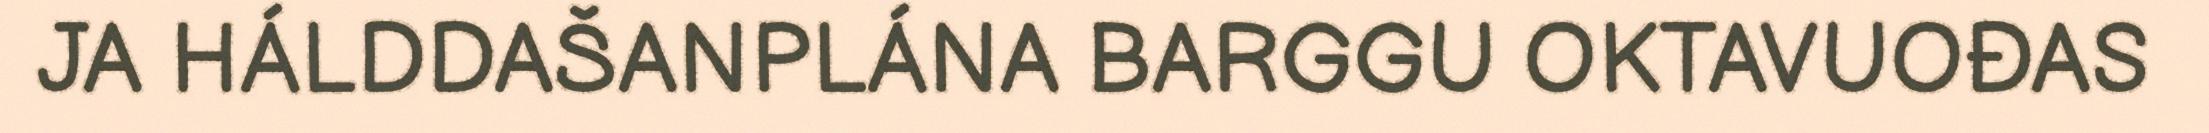
JA HÁLDDAŠANPLÁNA BARGGU OKTAVUOĐAS